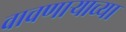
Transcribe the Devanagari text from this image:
वाचणाऱ्याच्या